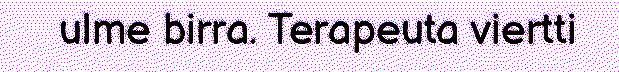
ulme birra. Terapeuta viertti